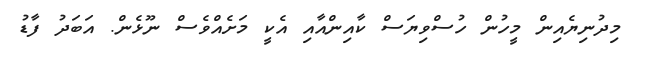
މިދުނިޔެއިން މީހުން ހުސްވިޔަސް ކާއިންއާއި އެކީ މަށެއްވެސް ނޫޅެން. އަބަދު ފާޑު